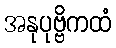
အနုပုဗ္ဗိကထံ